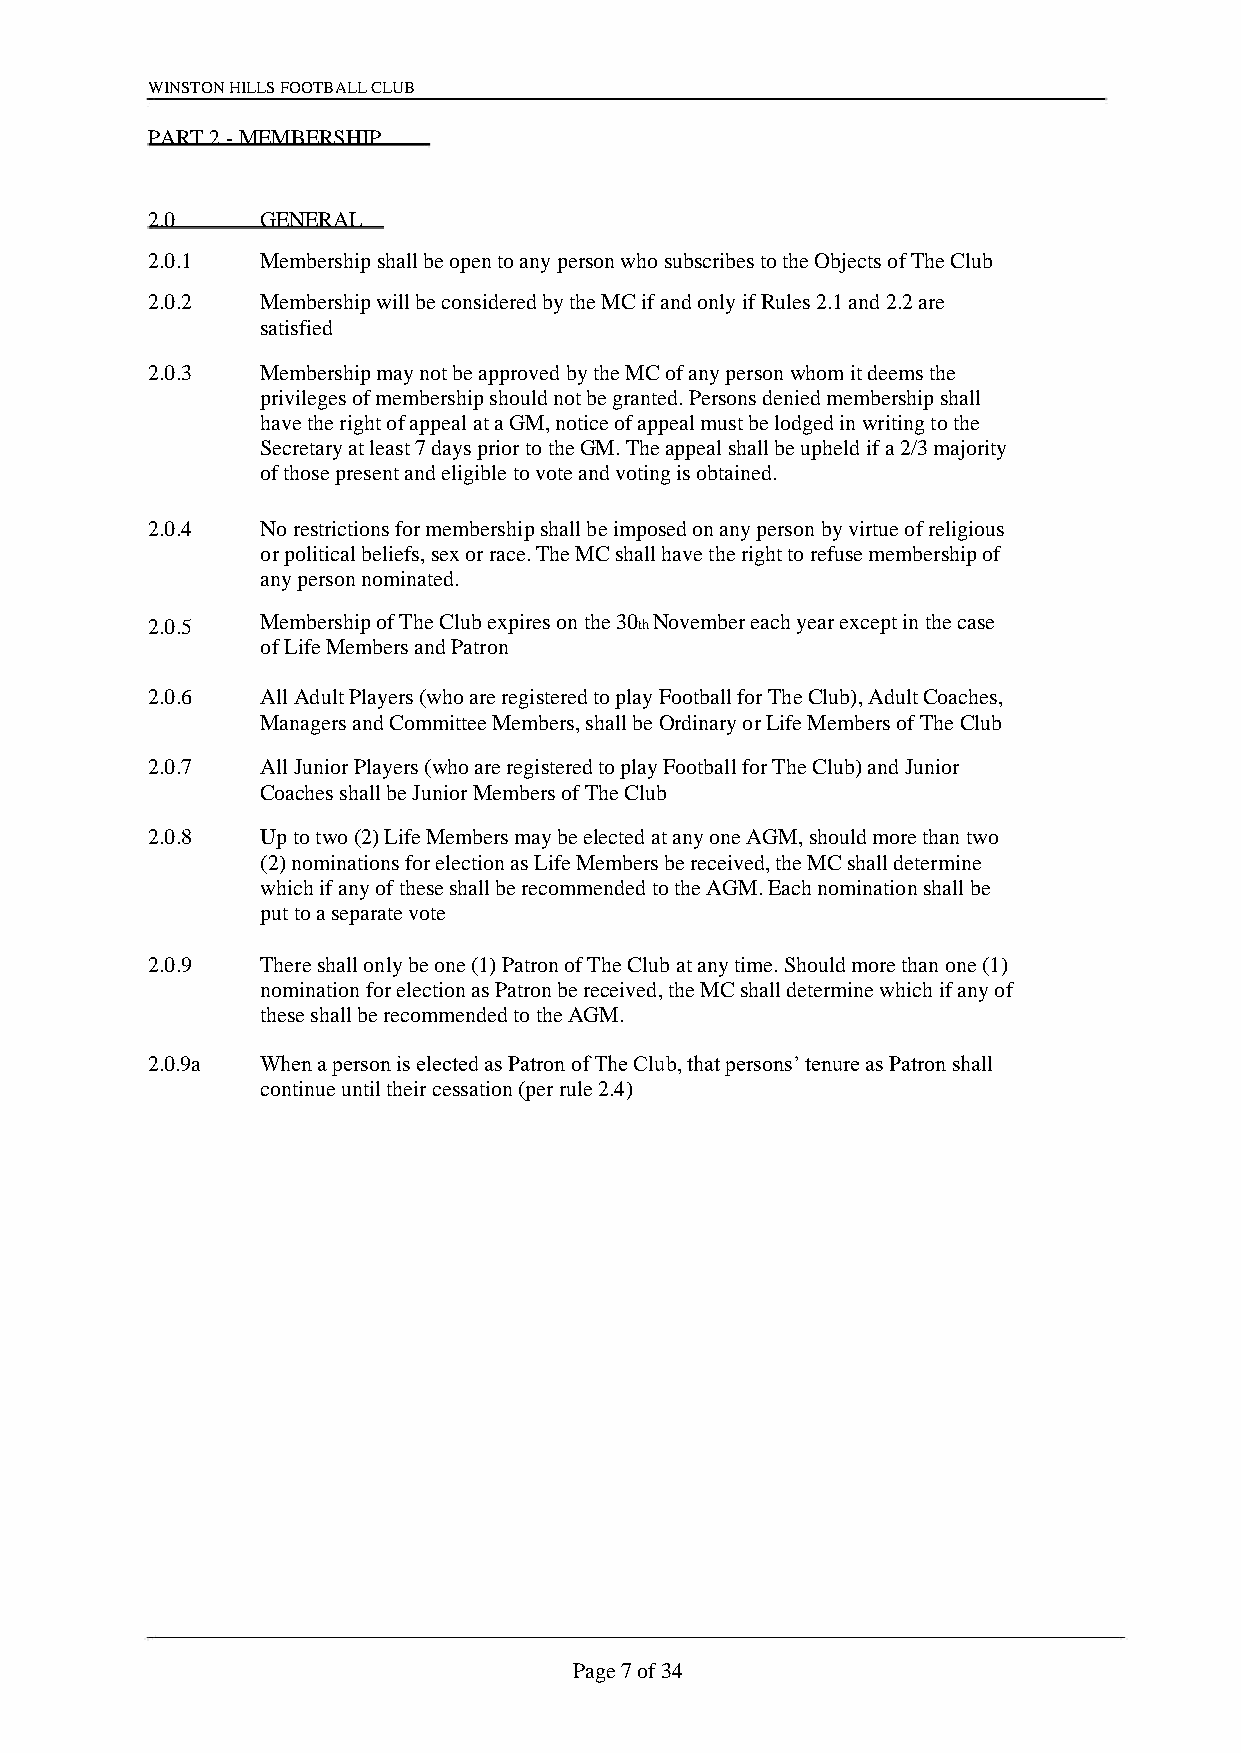
WINSTON HILLS FOOTBALL CLUB
 PART 2 - MEMBERSHIP
 2.0    GENERAL
 2.0.1  Membership shall be open to any person who subscribes to the Objects of The Club
 2.0.2  Membership will be considered by the MC if and only if Rules 2.1 and 2.2 are
 satisfied
 2.0.3  Membership may not be approved by the MC of any person whom it deems the
 privileges of membership should not be granted. Persons denied membership shall
 have the right of appeal at a GM, notice of appeal must be lodged in writing to the
 Secretary at least 7 days prior to the GM. The appeal shall be upheld if a 2/3 majority
 of those present and eligible to vote and voting is obtained.
 2.0.4  No restrictions for membership shall be imposed on any person by virtue of religious
 or political beliefs, sex or race. The MC shall have the right to refuse membership of
 any person nominated.
 2.0.5  Membership of The Club expires on the 30th November each year except in the case
 of Life Members and Patron
 2.0.6  All Adult Players (who are registered to play Football for The Club), Adult Coaches,
 Managers and Committee Members, shall be Ordinary or Life Members of The Club
 2.0.7  All Junior Players (who are registered to play Football for The Club) and Junior
 Coaches shall be Junior Members of The Club
 2.0.8  Up to two (2) Life Members may be elected at any one AGM, should more than two
 (2) nominations for election as Life Members be received, the MC shall determine
 which if any of these shall be recommended to the AGM. Each nomination shall be
 put to a separate vote
 2.0.9  There shall only be one (1) Patron of The Club at any time. Should more than one (1)
 nomination for election as Patron be received, the MC shall determine which if any of
 these shall be recommended to the AGM.
 2.0.9a When a person is elected as Patron of The Club, that persons’ tenure as Patron shall
 continue until their cessation (per rule 2.4)
 Page 7 of 34